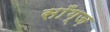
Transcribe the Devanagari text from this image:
साँग्ज़